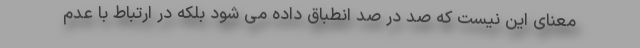
معنای این نیست که صد در صد انطباق داده می شود بلکه در ارتباط با عدم